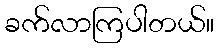
ခက်လာကြပါတယ်။